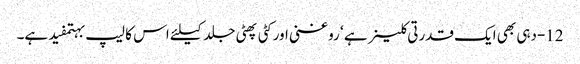
12-دہی بھی ایک قدرتی کلینر ہے ‘ روغنی اور کٹی پھٹی جلد کیلئے اس کا لیپ بہتمفید ہے۔